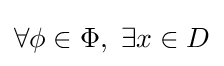
\forall \phi \in \Phi ,~\exists x\in D